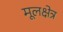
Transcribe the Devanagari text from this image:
मूलक्षेत्र